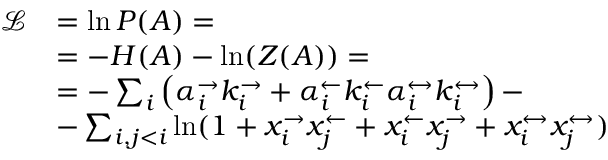
\begin{array} { r l } { \mathcal { L } } & { = \ln P ( A ) = } \\ & { = - H ( A ) - \ln ( Z ( A ) ) = } \\ & { = - \sum _ { i } \left( \alpha _ { i } ^ { \rightarrow } k _ { i } ^ { \rightarrow } + \alpha _ { i } ^ { \leftarrow } k _ { i } ^ { \leftarrow } \alpha _ { i } ^ { \leftrightarrow } k _ { i } ^ { \leftrightarrow } \right) - } \\ & { - \sum _ { i , j < i } \ln ( 1 + x _ { i } ^ { \rightarrow } x _ { j } ^ { \leftarrow } + x _ { i } ^ { \leftarrow } x _ { j } ^ { \rightarrow } + x _ { i } ^ { \leftrightarrow } x _ { j } ^ { \leftrightarrow } ) } \end{array}